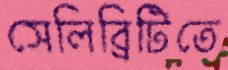
সেলিব্রিটিতে